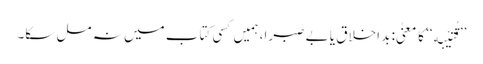
’’قُتَیْبَه‘‘ کا معنیٰ: بد اخلاق یا بے صبرا، ہمیں کسی کتاب میں نہ مل سکا۔